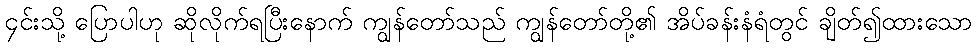
၄င်းသို့ ပြောပါဟု ဆိုလိုက်ရပြီးနောက် ကျွန်တော်သည် ကျွန်တော်တို့၏ အိပ်ခန်းနံရံတွင် ချိတ်၍ထားသော